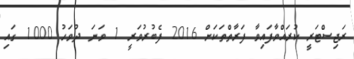
ރަޖިސްޓަރީ ކުރައްވާފައިވާ ފަރާތްތަކަށް 2016 ފެބުރުވަރީ 1 ވަނަ ދުވަހު 1000 ގައި